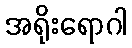
အရိုးရောဂါ